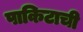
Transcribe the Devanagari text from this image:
पाकिटाची